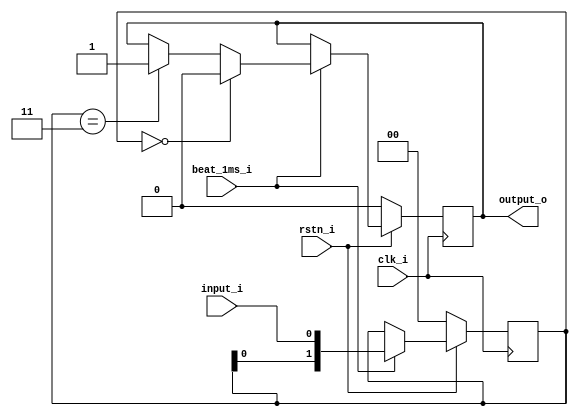
`default_nettype none

module input_debouncer #(
    parameter DEBOUNCE_HIST = 2
)(
    input wire clk_i,
    input wire rstn_i,
    input wire beat_1ms_i,
    input wire input_i,
    output reg output_o
);

reg [DEBOUNCE_HIST-1:0] history;


always @(posedge clk_i) begin
    if(~rstn_i) begin
        history <= {DEBOUNCE_HIST{1'b0}};
        output_o <= 0;
    end else begin
        if(beat_1ms_i) begin            
            if(history=={DEBOUNCE_HIST{1'b0}}) 
                output_o <= 0;
            else if(history=={DEBOUNCE_HIST{1'b1}}) 
                output_o <= 1;
            history <= {history[DEBOUNCE_HIST-2:0], input_i};
        end
    end    
end

endmodule